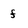
Character: f